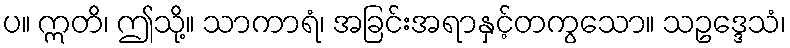
ပ။ ဣတိ၊ ဤသို့။ သာကာရံ၊ အခြင်းအရာနှင့်တကွသော။ သဥဒ္ဒေသံ၊